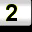
Digit: 2